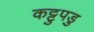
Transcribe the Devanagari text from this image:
कट्टुपडु